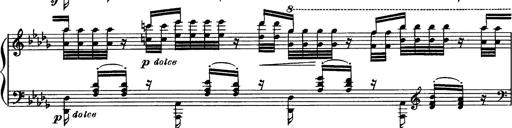
Title: Paraphrase de concert sur Rigoletto
Composer: Franz Liszt